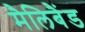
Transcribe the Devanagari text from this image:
मैलिबैंड